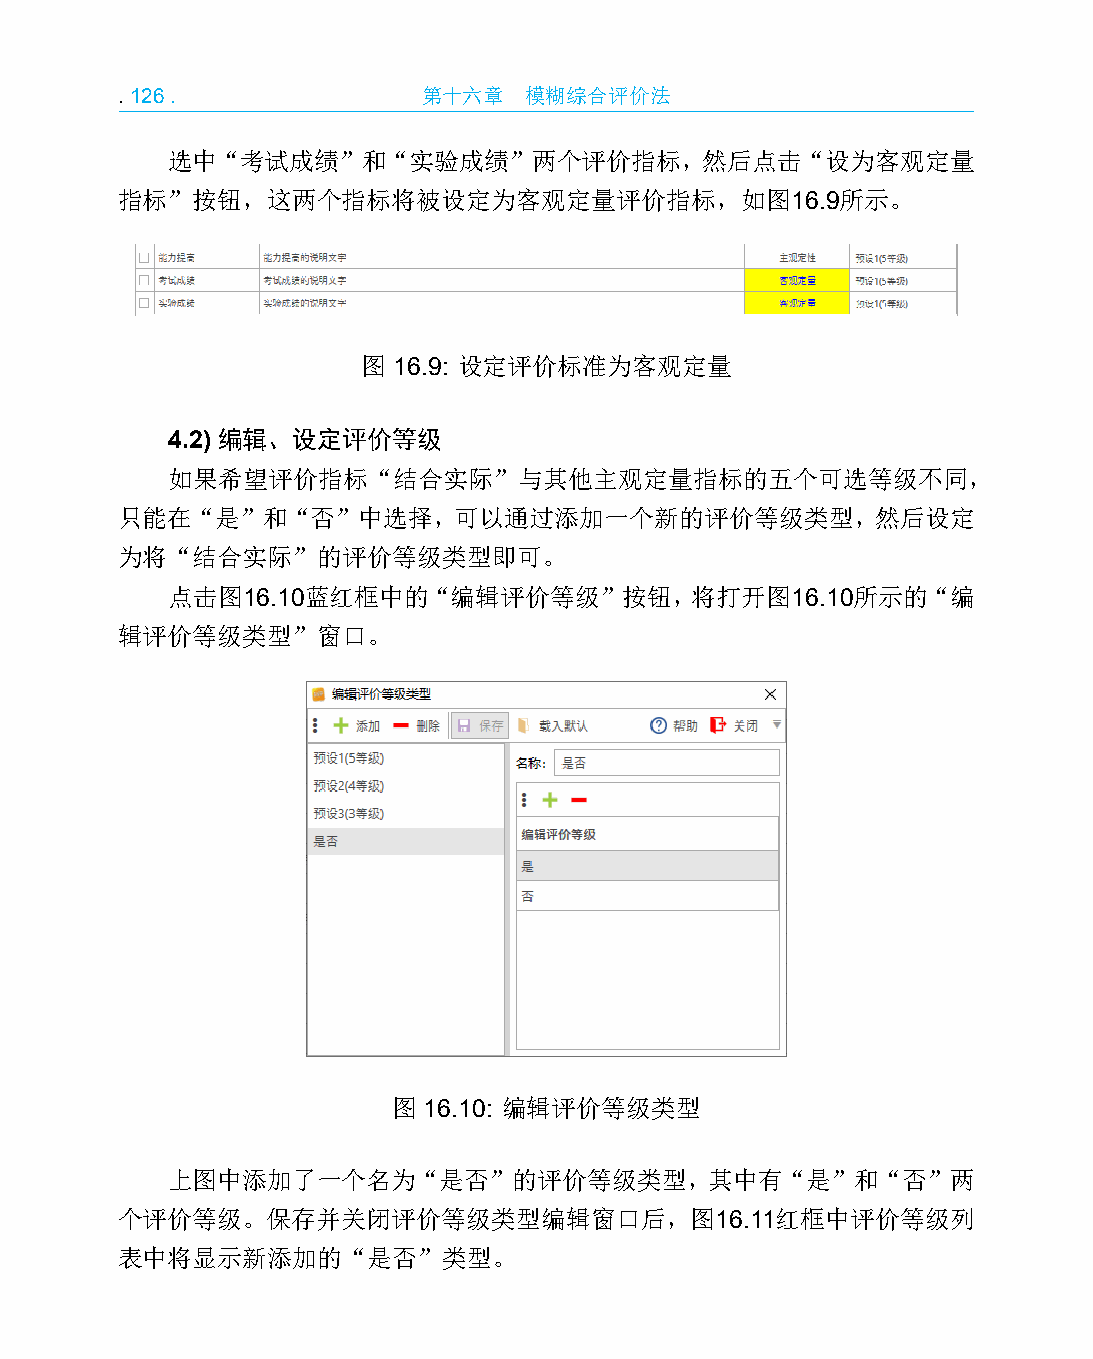
.126.               第十六章   模糊综合评价法
 选中“考试成绩”和“实验成绩”两个评价指标，然后点击“设为客观定量
 指标”按钮，这两个指标将被设定为客观定量评价指标，如图16.9所示。
 图 16.9: 设定评价标准为客观定量
 4.2) 编辑、设定评价等级
 如果希望评价指标“结合实际”与其他主观定量指标的五个可选等级不同，
 只能在“是”和“否”中选择，可以通过添加一个新的评价等级类型，然后设定
 为将“结合实际”的评价等级类型即可。
 点击图16.10蓝红框中的“编辑评价等级”按钮，将打开图16.10所示的“编
 辑评价等级类型”窗口。
 图 16.10: 编辑评价等级类型
 上图中添加了一个名为“是否”的评价等级类型，其中有“是”和“否”两
 个评价等级。保存并关闭评价等级类型编辑窗口后，图16.11红框中评价等级列
 表中将显示新添加的“是否”类型。